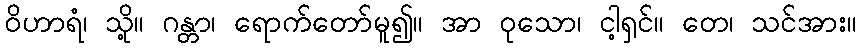
ဝိဟာရံ၊ သို့။ ဂန္တာ၊ ရောက်တော်မူ၍။ အာ ဝုသော၊ ငါ့ရှင်။ တေ၊ သင်အား။